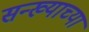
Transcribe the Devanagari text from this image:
सन्ख्याच्या